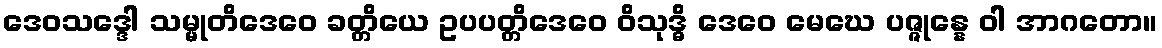
ဒေဝသဒ္ဒေါ သမ္မုတိဒေဝေ ခတ္တိယေ ဥပပတ္တိဒေဝေ ဝိသုဒ္ဓိ ဒေဝေ မေဃေ ပဇ္ဇုန္နေ ဝါ အာဂတော။